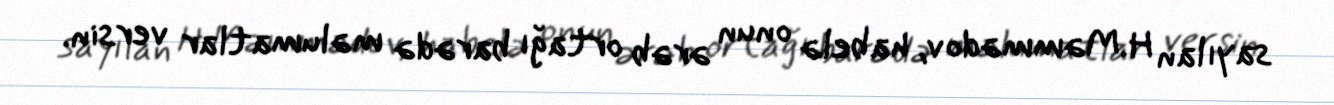
sayılan H.Məmmədov, habelə onun ərəb ortağı barədə məlumatlar versin.